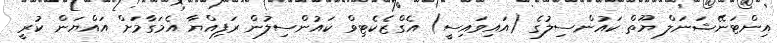
އިންޓަނޭޝަނަލް ޔޫތް ކައުންސިލުގެ (އައިވައިސީ) އެގްޒެކެޓިވް ކައުންސިލުން ރަފިއްޔާ އެމަގާމަށް އައްޔަން ކުރީ